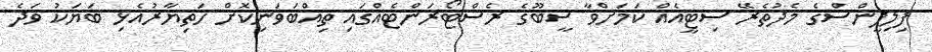
ފިލިޕީންސްގެ މެދުތެރޭ ސިޓީއެއް ކަމަށްވާ ސީބޫގެ ރެސްޓޯރަންޓެއްގައި ތިއްބަވަނިކޮށް ހަތިޔާރުއެޅި ބަޔަކު ވަދެ